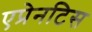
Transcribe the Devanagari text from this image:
एप्रेनटिस